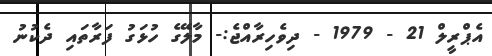
އެޕްރީލް 21 - 1979 - ދިވެހިރާއްޖެ:- މާލޭގެ ހުޅަގު ފަރާތައި ދެކުނު